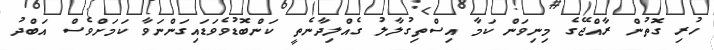
ހުރި ގޮތުން ރާއްޖޭގެ މިނިވަން ކަމާ އިސްތިގުލާލު ގެއްލިދާނެތީ ކަންބޮޑުވެވަޑައިގަންނަވާ ކަމަށްވެސް އަބްދު